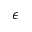
\epsilon